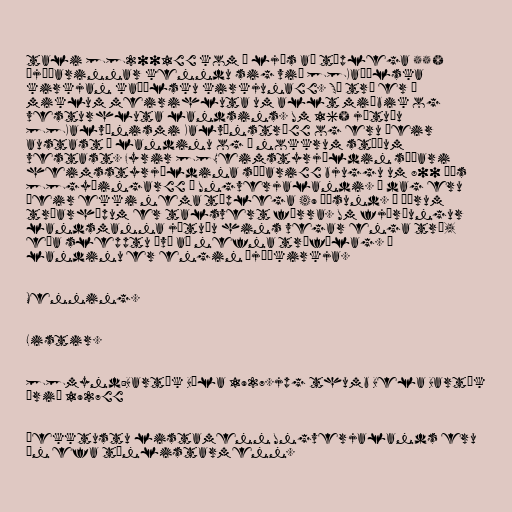
tali [[2001]] kom í ljós að tæplega 55%
þjóðarinnar kenndu sig við [[Kaþólska
kirkjan kaþólsku kirkjuna]]. Sú trú er í
miklum meirihluta um allt miðbik og
vesturhluta landsins. Um 16% játuðu
[[Kalvínismi Kalvínstrú]] og eru þeir
austast í landinu og á nokkrum stöðum
vestast. Fyrir [[Heimstyrjöldin síðari
heimsstyrjöldina síðari]] bjuggu um 800 þús
[[gyðingar]] í Ungverjalandi. Í dag eru
þeir ekki nema tæplega 49 þúsund. Í öðrum
trúarhópum er talsvert færra. Um fjórðungur
landsmanna játuðu hins vegar enga trú,
eða slepptu því að nefna trúfélag. Í
landinu er engin þjóðkirkja.

Menning.

Listir.

[[mynd:Bartók Béla 1927.jpg thumb Bela Bartók
árið 1927]]

Þekktustu listamenn Ungverjalands eru
án efa tónlistarmenn.